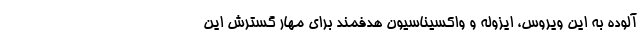
آلوده به این ویروس، ایزوله و واکسیناسیون هدفمند برای مهار گسترش این